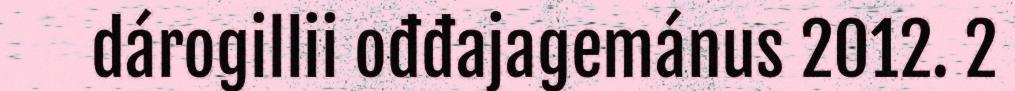
dárogillii ođđajagemánus 2012. 2